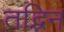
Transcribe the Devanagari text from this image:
तद्भिन